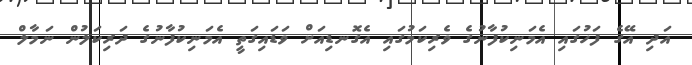
އަދި އޭގެ ފަހުގައި އެމަނިކުފާނުގެ ވެރިކަމުގައި އެގޮނޑިއަށް ވަޑައިގަތީ އެމަނިކުފާނުގެ ދަރިކަލުން ނަމާލް